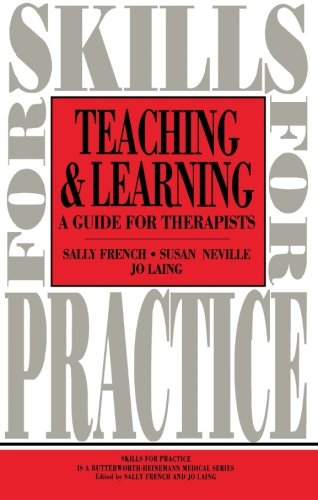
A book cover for Teaching and Learning: A Guide for Therapists (Skills for Practice); Susan Neville; Medical Books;